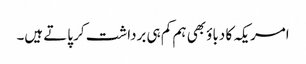
امریکہ کا دباؤ بھی ہم کم ہی برداشت کر پاتے ہیں۔